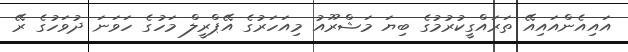
އައިއެންއައިއޭ ތަރައްގީކުރުމުގެ ބިޔަ މަޝްރޫއު މިއަހަރުގެ އޭޕްރީލް މަހުގެ ހަވަނަ ދުވަހުގެ ރޭ